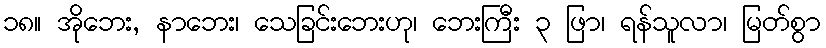
၁၈။ အိုဘေး, နာဘေး၊ သေခြင်းဘေးဟု၊ ဘေးကြီး ၃ ဖြာ၊ ရန်သူလာ၊ မြတ်စွာ